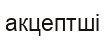
акцептші